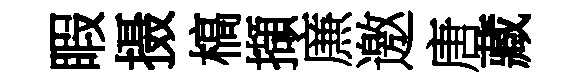
睱摄槁擷㢘邀唐藏